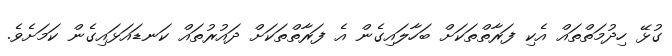
ގުޅޭ ހިދުމަތްތައް އެކި ފަރާތްތަކަށް ބަހާލައިގެން އެ ފަރާތްތަކަށް ދައުރުތައް ކަނޑައަޅައިގެން ކަމަށެވެ.